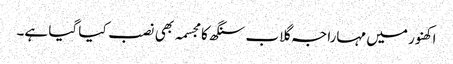
اکھنور میں مہاراجہ گلاب سنگھ کا مجسمہ بھی نصب کیا گیا ہے۔